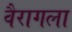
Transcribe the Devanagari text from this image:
वैरागला